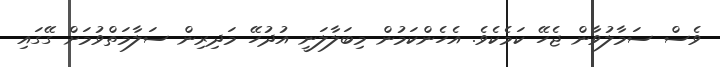
ވެސް ސަމާލުވާން ޖެހޭ ކަމެކެވެ. އެހެންކަމުން މިބަލާލަނީ އުދުހޭ މަދިރިން ސަލާމަތްވުމަށް ގޭގައި